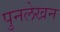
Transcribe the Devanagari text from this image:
पुनलेखन